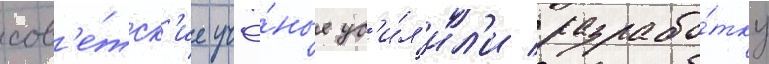
сов'е́тск'ие учё́ные ус'и́л'ил'и разрабо́тку